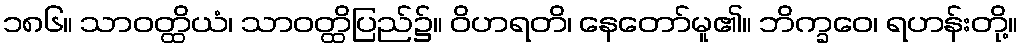
၁၈၆။ သာဝတ္ထိယံ၊ သာဝတ္ထိပြည်၌။ ဝိဟရတိ၊ နေတော်မူ၏။ ဘိက္ခဝေ၊ ရဟန်းတို့။